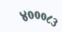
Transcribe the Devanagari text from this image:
४०००८३